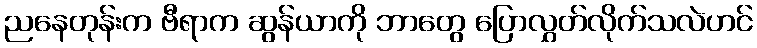
ညနေတုန်းက ဗီရာက ဆွန်ယာကို ဘာတွေ ပြောလွှတ်လိုက်သလဲဟင်